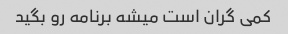
کمی گران است میشه برنامه رو بگید